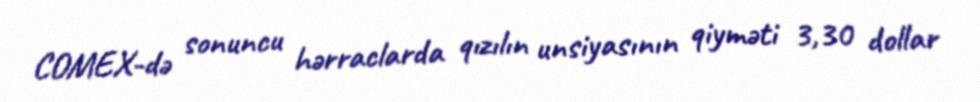
COMEX-də sonuncu hərraclarda qızılın unsiyasının qiyməti 3,30 dollar